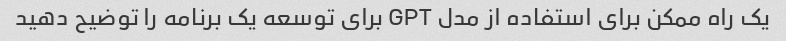
یک راه ممکن برای استفاده از مدل GPT برای توسعه یک برنامه را توضیح دهید